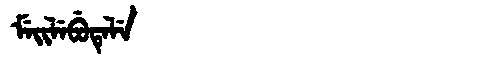
Manchu: ᠮᡝᡳᠯᡝᠪᡠᡨᡝᠯᡝ
Romanization: MEILEBUTELE